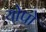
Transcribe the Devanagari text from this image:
योपो